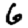
Digit: 6